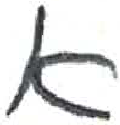
אות: א